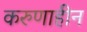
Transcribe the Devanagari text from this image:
करुणाहीन